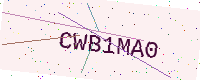
Text: CWB1MA0